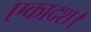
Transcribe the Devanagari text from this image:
एकादश।